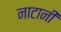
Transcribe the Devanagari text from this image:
नाटानी